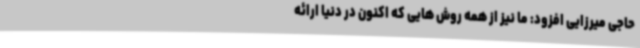
حاجی میرزایی افزود: ما نیز از همه روش هایی که اکنون در دنیا ارائه